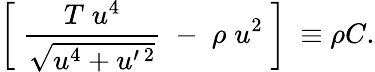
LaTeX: \left[\; \frac{T\; u^{4}}{\sqrt{u^{4}+u^{\prime\ 2}}}\; -\; \rho\; u^{2}\; \right]\ \equiv\rho C.